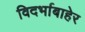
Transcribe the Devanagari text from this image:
विदर्भाबाहेर